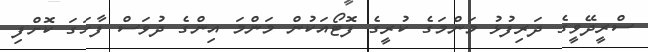
ސްރީދޭވީގެ ދަރިފުޅު މަންމަގެ ކުރީގެ ފޮޓޯއަކުން މަންމަ އިންގެ ދުވަސް ފާހަގަ ކޮށްފި